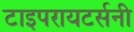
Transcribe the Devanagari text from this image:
टाइपरायटर्सनी